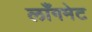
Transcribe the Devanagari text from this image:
लाँगमेट